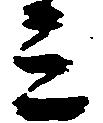
ミ